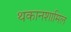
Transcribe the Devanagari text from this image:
थकानशामिल